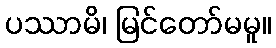
ပဿာမိ၊ မြင်တော်မမူ။